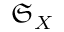
{ \mathfrak { S } } _ { X }